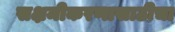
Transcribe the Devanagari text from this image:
सक्षमीकरणासाठीचा